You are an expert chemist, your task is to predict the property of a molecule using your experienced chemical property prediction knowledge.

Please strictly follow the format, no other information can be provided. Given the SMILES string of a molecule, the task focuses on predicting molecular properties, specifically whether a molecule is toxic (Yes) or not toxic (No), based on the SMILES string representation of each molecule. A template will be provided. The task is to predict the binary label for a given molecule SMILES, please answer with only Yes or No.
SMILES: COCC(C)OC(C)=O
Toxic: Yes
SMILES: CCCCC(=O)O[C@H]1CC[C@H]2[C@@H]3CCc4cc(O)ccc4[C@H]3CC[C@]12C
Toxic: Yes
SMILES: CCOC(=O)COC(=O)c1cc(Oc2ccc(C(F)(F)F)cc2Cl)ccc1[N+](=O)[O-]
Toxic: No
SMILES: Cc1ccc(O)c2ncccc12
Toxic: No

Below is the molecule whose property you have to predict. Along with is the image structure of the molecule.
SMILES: Cc1ccc(N(CCO)CCO)cc1
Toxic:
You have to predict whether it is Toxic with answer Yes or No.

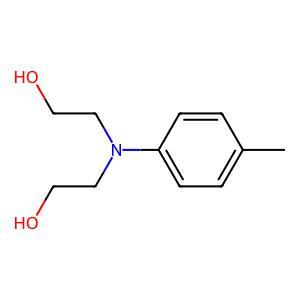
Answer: No